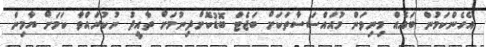
އެހެންކަމުން ބައެއް މިނިވަން މުއައްސަސާތަކަށް ބަޖެޓް ބޮޑުކޮށްދިނުމަށް ތާއީދު ނުކުރައްވާ ކަމަށް ޔާމިން